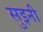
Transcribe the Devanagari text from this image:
सुइनी